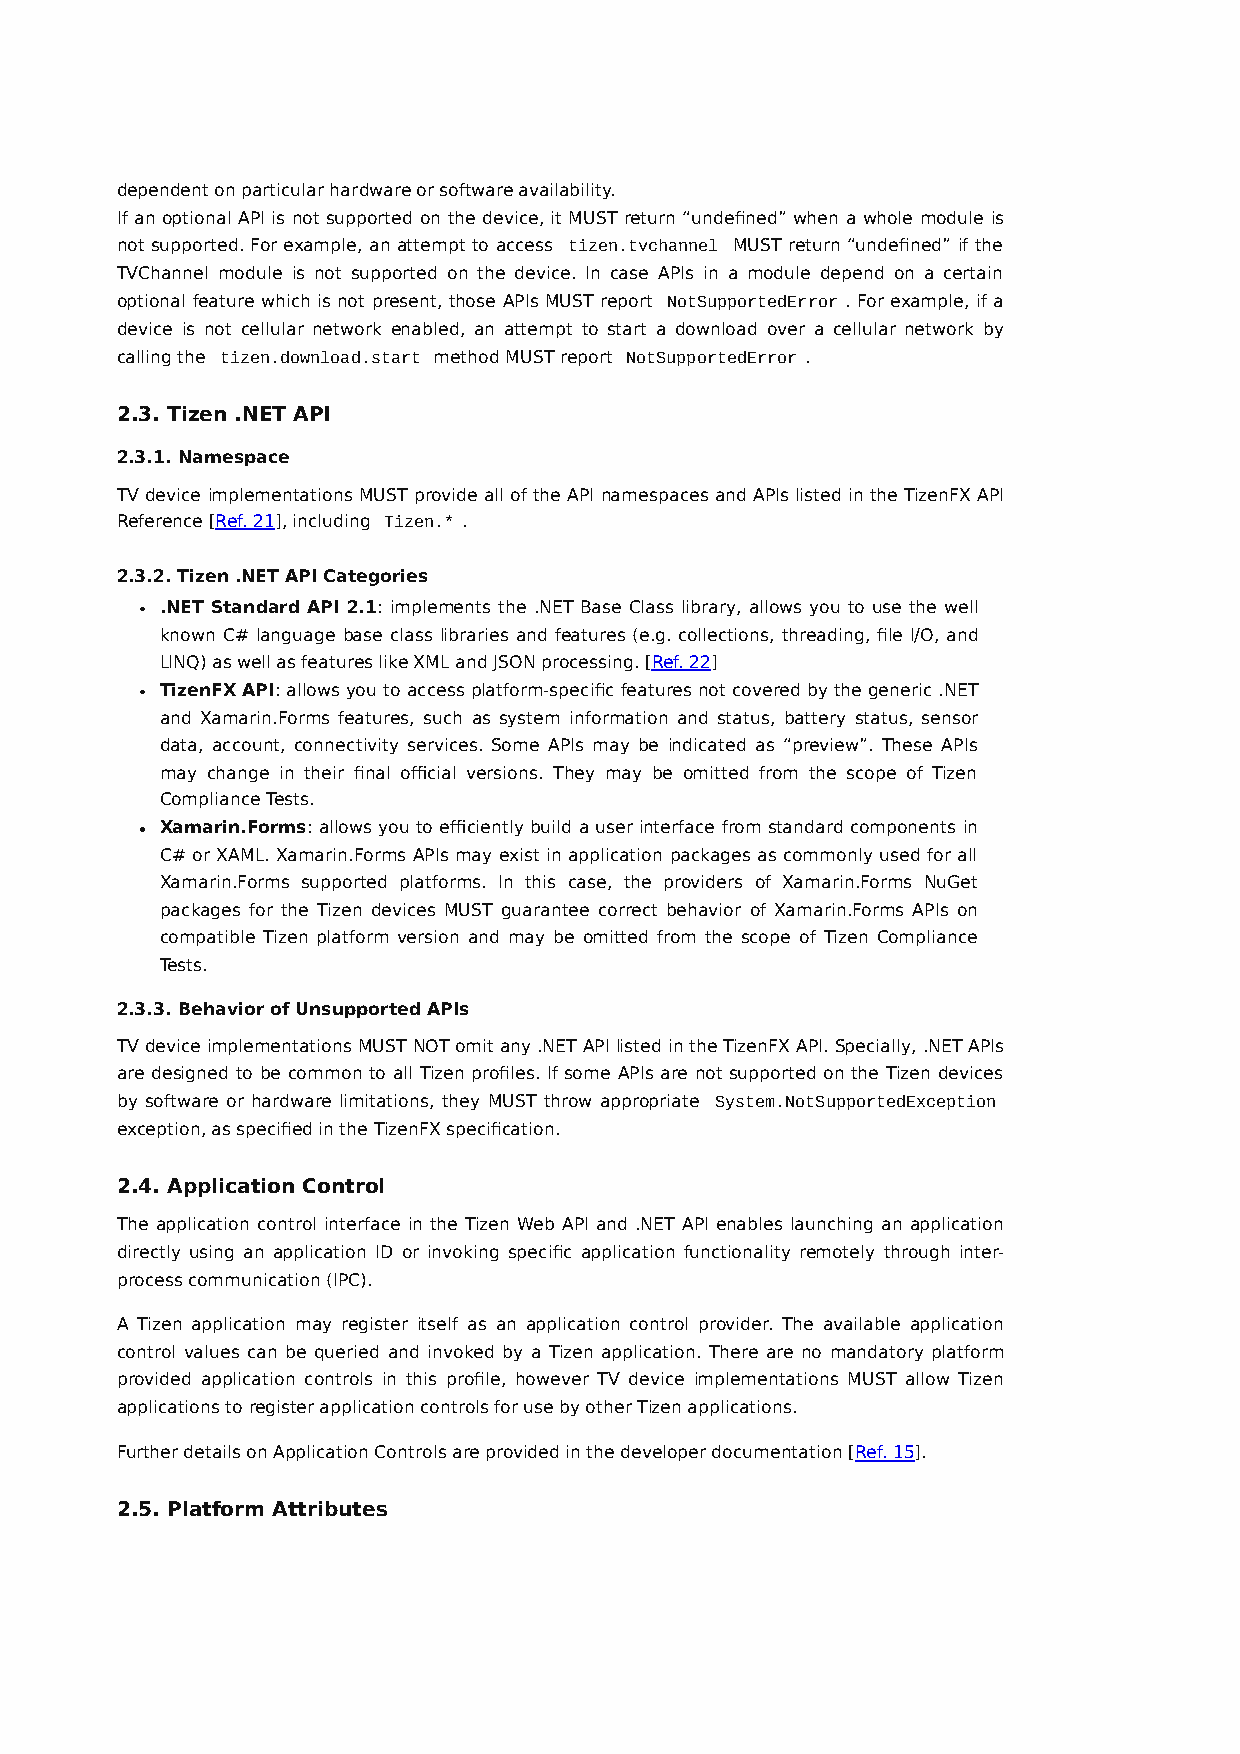
dependent on particular hardware or software availability.
 If an optional API is not supported on the device, it MUST return “undefined” when a whole module is
 not supported. For example, an attempt to access tizen.tvchannel MUST return “undefined” if the
 TVChannel module is not supported on the device. In case APIs in a module depend on a certain
 optional feature which is not present, those APIs MUST report NotSupportedError . For example, if a
 device is not cellular network enabled, an attempt to start a download over a cellular network by
 calling the tizen.download.start method MUST report NotSupportedError .
 2.3. Tizen .NET API
 2.3.1. Namespace
 TV device implementations MUST provide all of the API namespaces and APIs listed in the TizenFX API
 Reference [Ref. 21], including Tizen.* .
 2.3.2. Tizen .NET API Categories
 .NET Standard API 2.1: implements the .NET Base Class library, allows you to use the well
 known C# language base class libraries and features (e.g. collections, threading, file I/O, and
 LINQ) as well as features like XML and JSON processing. [Ref. 22]
 TizenFX API: allows you to access platform-specific features not covered by the generic .NET
 and Xamarin.Forms features, such as system information and status, battery status, sensor
 data, account, connectivity services. Some APIs may be indicated as “preview”. These APIs
 may change in their final official versions. They may be omitted from the scope of Tizen
 Compliance Tests.
 Xamarin.Forms: allows you to efficiently build a user interface from standard components in
 C# or XAML. Xamarin.Forms APIs may exist in application packages as commonly used for all
 Xamarin.Forms supported platforms. In this case, the providers of Xamarin.Forms NuGet
 packages for the Tizen devices MUST guarantee correct behavior of Xamarin.Forms APIs on
 compatible Tizen platform version and may be omitted from the scope of Tizen Compliance
 Tests.
 2.3.3. Behavior of Unsupported APIs
 TV device implementations MUST NOT omit any .NET API listed in the TizenFX API. Specially, .NET APIs
 are designed to be common to all Tizen profiles. If some APIs are not supported on the Tizen devices
 by software or hardware limitations, they MUST throw appropriate System.NotSupportedException
 exception, as specified in the TizenFX specification.
 2.4. Application Control
 The application control interface in the Tizen Web API and .NET API enables launching an application
 directly using an application ID or invoking specific application functionality remotely through inter-
 process communication (IPC).
 A Tizen application may register itself as an application control provider. The available application
 control values can be queried and invoked by a Tizen application. There are no mandatory platform
 provided application controls in this profile, however TV device implementations MUST allow Tizen
 applications to register application controls for use by other Tizen applications.
 Further details on Application Controls are provided in the developer documentation [Ref. 15].
 2.5. Platform Attributes